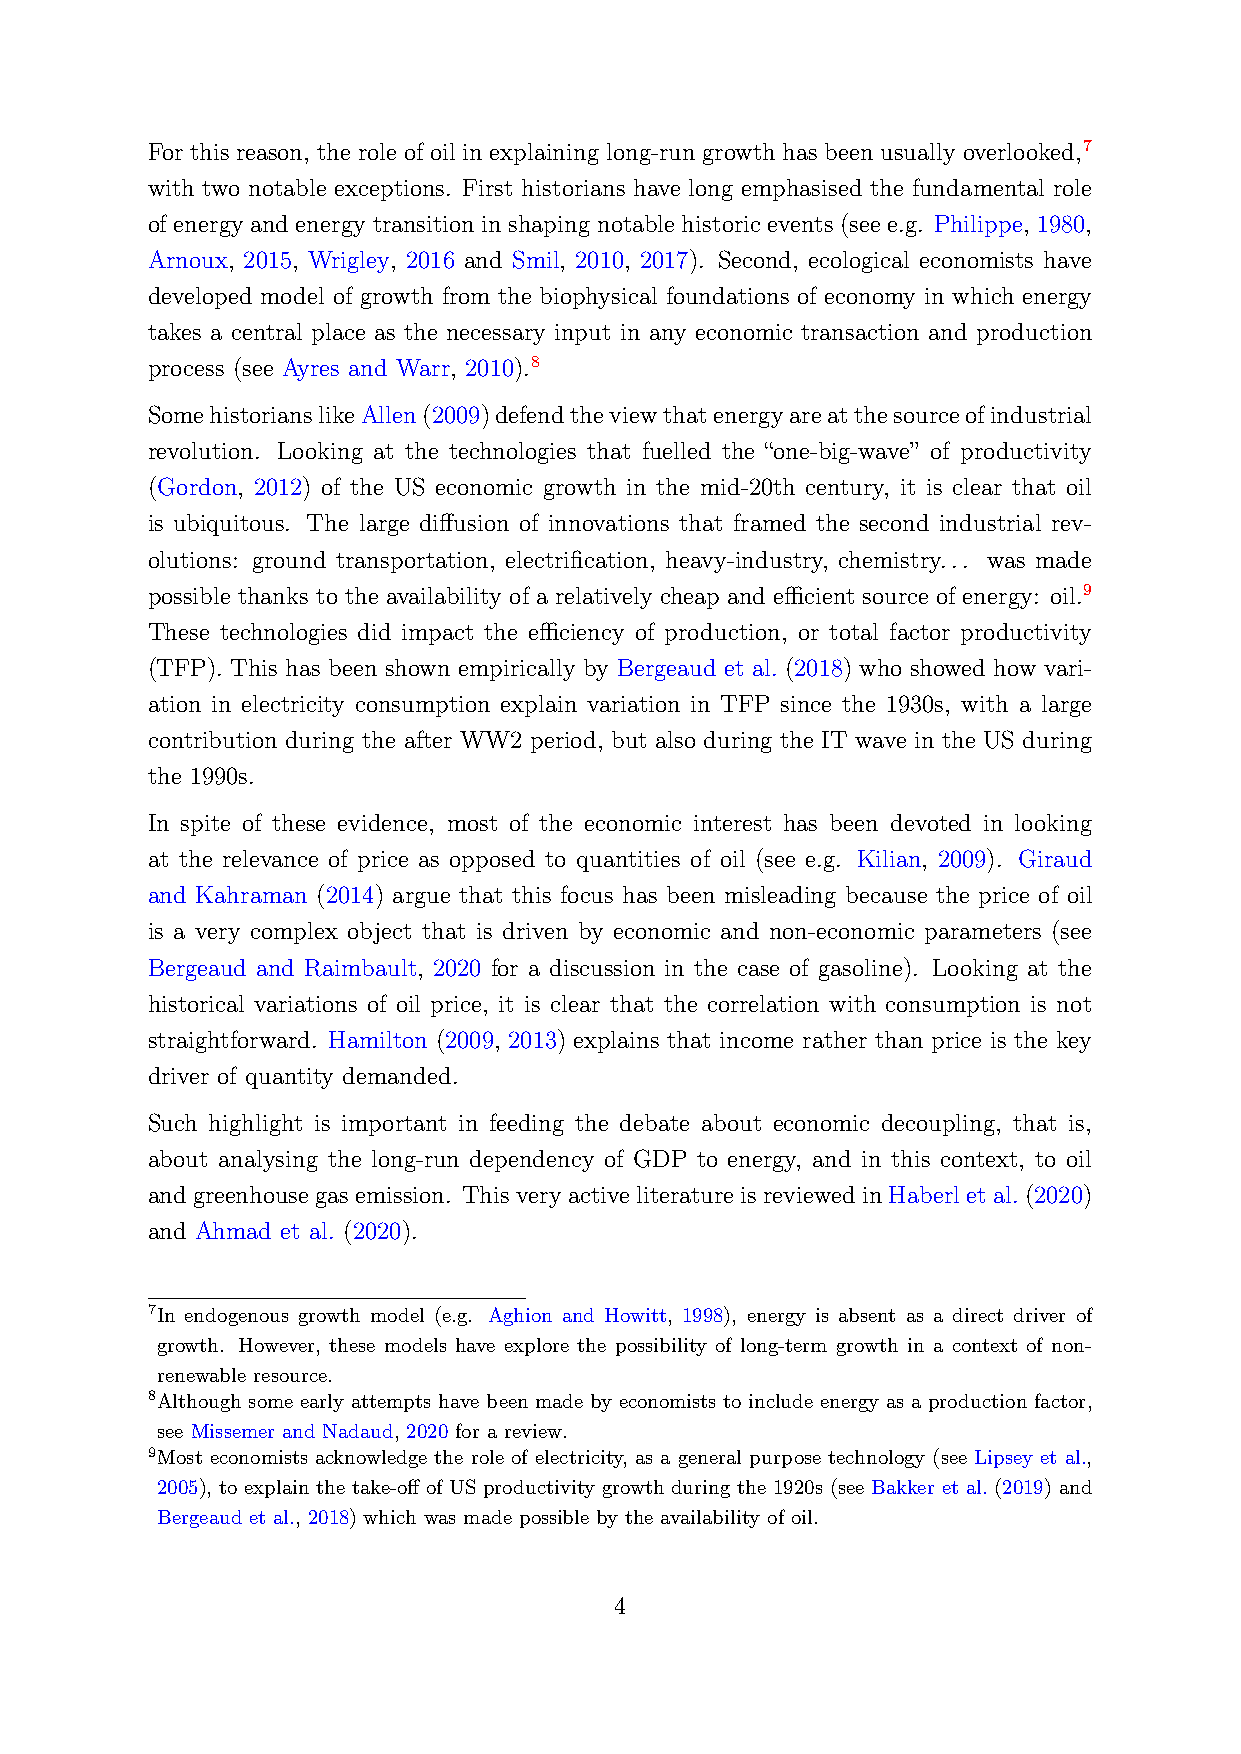
For this reason, the role of oil in explaining long-run growth has been usually overlooked,7
 with two notable exceptions. First historians have long emphasised the fundamental role
 of energy and energy transition in shaping notable historic events (see e.g. Philippe, 1980,
 Arnoux, 2015, Wrigley, 2016 and Smil, 2010, 2017). Second, ecological economists have
 developed model of growth from the biophysical foundations of economy in which energy
 takes a central place as the necessary input in any economic transaction and production
 process (see Ayres and Warr, 2010).8
 SomehistorianslikeAllen(2009)defendtheviewthatenergyareatthesourceofindustrial
 revolution. Looking at the technologies that fuelled the “one-big-wave” of productivity
 (Gordon, 2012) of the US economic growth in the mid-20th century, it is clear that oil
 is ubiquitous. The large diffusion of innovations that framed the second industrial rev-
 olutions: ground transportation, electrification, heavy-industry, chemistry... was made
 possible thanks to the availability of a relatively cheap and efficient source of energy: oil.9
 These technologies did impact the efficiency of production, or total factor productivity
 (TFP). This has been shown empirically by Bergeaud et al. (2018) who showed how vari-
 ation in electricity consumption explain variation in TFP since the 1930s, with a large
 contribution during the after WW2 period, but also during the IT wave in the US during
 the 1990s.
 In spite of these evidence, most of the economic interest has been devoted in looking
 at the relevance of price as opposed to quantities of oil (see e.g. Kilian, 2009). Giraud
 and Kahraman (2014) argue that this focus has been misleading because the price of oil
 is a very complex object that is driven by economic and non-economic parameters (see
 Bergeaud and Raimbault, 2020 for a discussion in the case of gasoline). Looking at the
 historical variations of oil price, it is clear that the correlation with consumption is not
 straightforward. Hamilton (2009, 2013) explains that income rather than price is the key
 driver of quantity demanded.
 Such highlight is important in feeding the debate about economic decoupling, that is,
 about analysing the long-run dependency of GDP to energy, and in this context, to oil
 andgreenhousegasemission. ThisveryactiveliteratureisreviewedinHaberletal.(2020)
 and Ahmad et al. (2020).
 7In endogenous growth model (e.g. Aghion and Howitt, 1998), energy is absent as a direct driver of
 growth. However, these models have explore the possibility of long-term growth in a context of non-
 renewable resource.
 8Although some early attempts have been made by economists to include energy as a production factor,
 see Missemer and Nadaud, 2020 for a review.
 9Most economists acknowledge the role of electricity, as a general purpose technology (see Lipsey et al.,
 2005), to explain the take-off of US productivity growth during the 1920s (see Bakker et al. (2019) and
 Bergeaud et al., 2018) which was made possible by the availability of oil.
 4